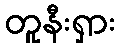
တူနီးရှား